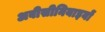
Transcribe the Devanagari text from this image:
अबीसीनियाइयों